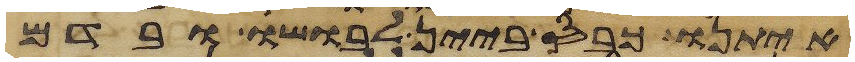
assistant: איתנו כבס ביין לבושו ובדם